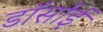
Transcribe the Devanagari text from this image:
डॉर्साई